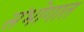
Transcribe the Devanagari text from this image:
संभोगात